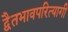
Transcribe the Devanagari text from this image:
द्वैतभावपरित्यागी